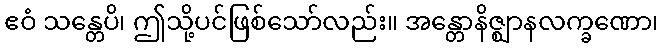
ဧဝံ သန္တေပိ၊ ဤသို့ပင်ဖြစ်သော်လည်း။ အန္တောနိဇ္ဈာနလက္ခဏော၊